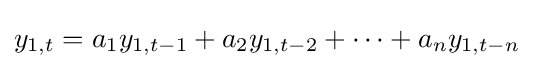
y_{1,t}=a_{1}y_{1,t-1}+a_{2}y_{1,t-2}+\dots +a_{n}y_{1,t-n}